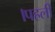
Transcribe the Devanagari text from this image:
।पहली